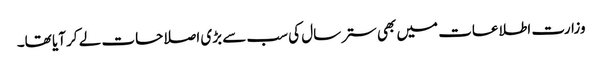
وزارت اطلاعات میں بھی ستر سال کی سب سے بڑی اصلاحات لے کر آیا تھا۔